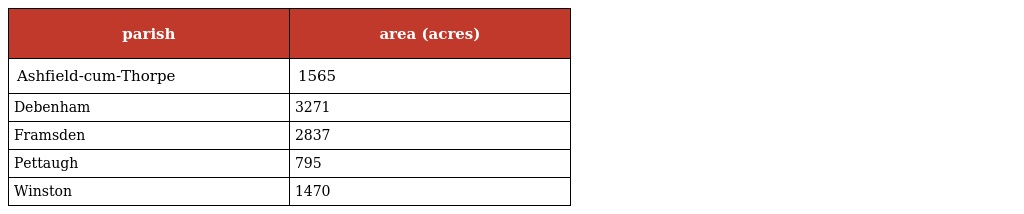
| parish | area (acres) |
 | --- | --- |
 | Ashfield-cum-Thorpe | 1565 |
 | Debenham | 3271 |
 | Framsden | 2837 |
 | Pettaugh | 795 |
 | Winston | 1470 |